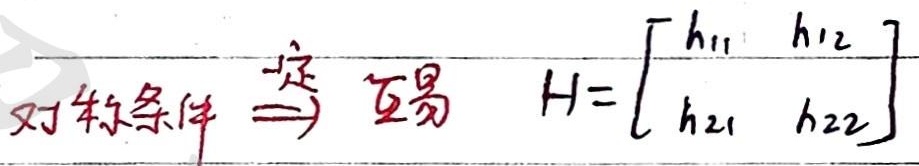
对称条件 \(\overset{定}{\Longrightarrow}\) 互易 \(H = \begin{bmatrix}
h_{11} & h_{12}\\
h_{21} & h_{22}
\end{bmatrix}\)